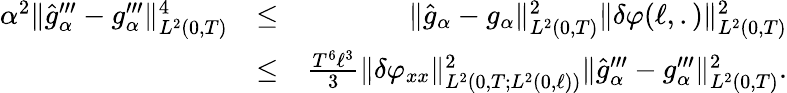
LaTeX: \begin{array}{rlr}{\alpha^{2}\Vert\widehat{g}_{\alpha}^{\prime\prime\prime}-g_{\alpha}^{\prime\prime\prime}\Vert_{L^{2}(0,T)}^{4}}&{\leq}&{\Vert\widehat{g}_{\alpha}-g_{\alpha}\Vert_{L^{2}(0,T)}^{2}\Vert\delta\varphi(\ell,.)\Vert_{L^{2}(0,T)}^{2}}\\ &{\leq}&{\frac{T^{6}\ell^{3}}{3}\Vert\delta\varphi_{xx}\Vert_{L^{2}(0,T;L^{2}(0,\ell))}^{2}\Vert\widehat{g}_{\alpha}^{\prime\prime\prime}-g_{\alpha}^{\prime\prime\prime}\Vert_{L^{2}(0,T)}^{2}.}\end{array}